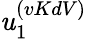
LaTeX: \mathit{u}_{1}^{(vKdV)}